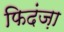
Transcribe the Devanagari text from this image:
फिदंज़ा